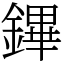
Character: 鏎